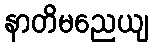
နာတိမညေယျ